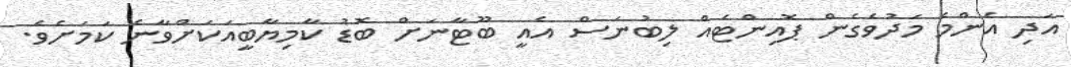
އަދި އެންމެ މަދުވެގެން ޕޮއިންޓެއް ލިބުނަސް އެއީ ބޫޓާނަށް ބޮޑު ކާމިޔާބީއަކަށްވާނެ ކަމަށެވެ.